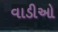
વાડીઓ